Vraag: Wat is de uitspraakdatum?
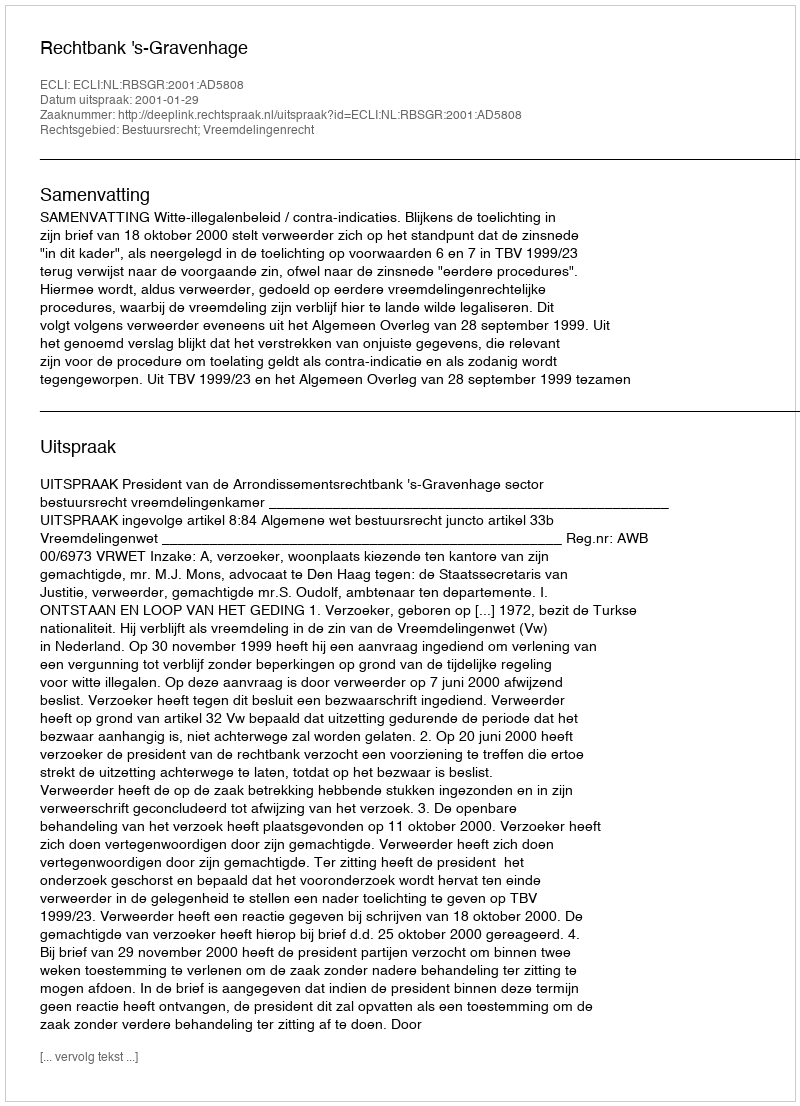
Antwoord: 2001-01-29